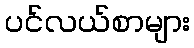
ပင်လယ်စာများ